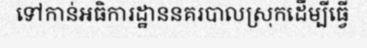
ទៅកាន់អធិការដ្ឋាននគរបាលស្រុកដើម្បីធ្វើ